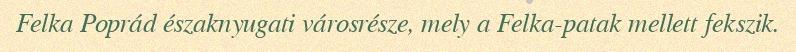
Felka Poprád északnyugati városrésze, mely a Felka-patak mellett fekszik.